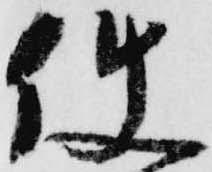
使